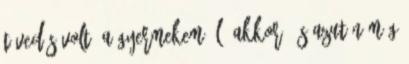
tévedés volt, a gyermekem él. Akkor, és azután még